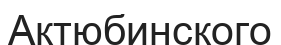
Актюбинского